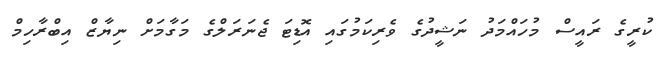
ކުރީގެ ރައީސް މުހައްމަދު ނަޝީދުގެ ވެރިކަމުގައި އޮޑިޓަ ޖެނަރަލްގެ މަގާމަށް ނިޔާޒް އިބްރާހިމް